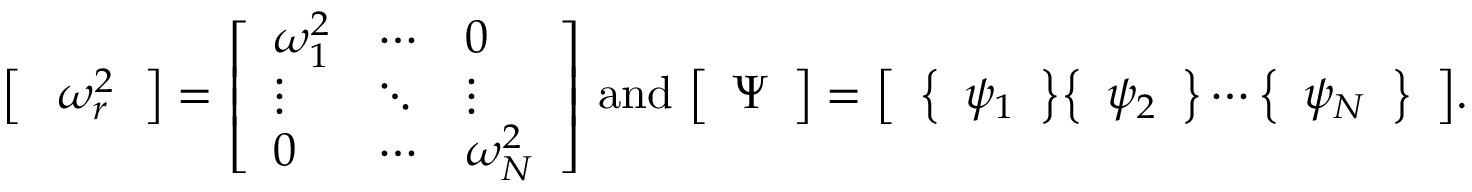
{ \left[ \begin{array} { l } { ^ { \diagdown } \omega _ { r \diagdown } ^ { 2 } } \end{array} \right] } = { \left[ \begin{array} { l l l } { \omega _ { 1 } ^ { 2 } } & { \cdots } & { 0 } \\ { \vdots } & { \ddots } & { \vdots } \\ { 0 } & { \cdots } & { \omega _ { N } ^ { 2 } } \end{array} \right] } { \mathrm { ~ a n d ~ } } { \left[ \begin{array} { l } { \Psi } \end{array} \right] } = { \left[ \begin{array} { l } { { \left\{ \begin{array} { l } { \psi _ { 1 } } \end{array} \right\} } { \left\{ \begin{array} { l } { \psi _ { 2 } } \end{array} \right\} } \cdots { \left\{ \begin{array} { l } { \psi _ { N } } \end{array} \right\} } } \end{array} \right] } .